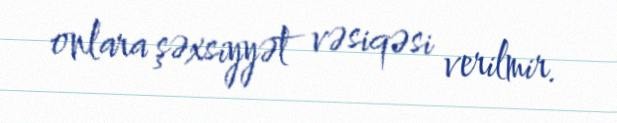
onlara şəxsiyyət vəsiqəsi verilmir.